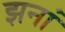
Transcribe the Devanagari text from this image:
झनां